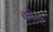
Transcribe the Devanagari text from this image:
कोल्